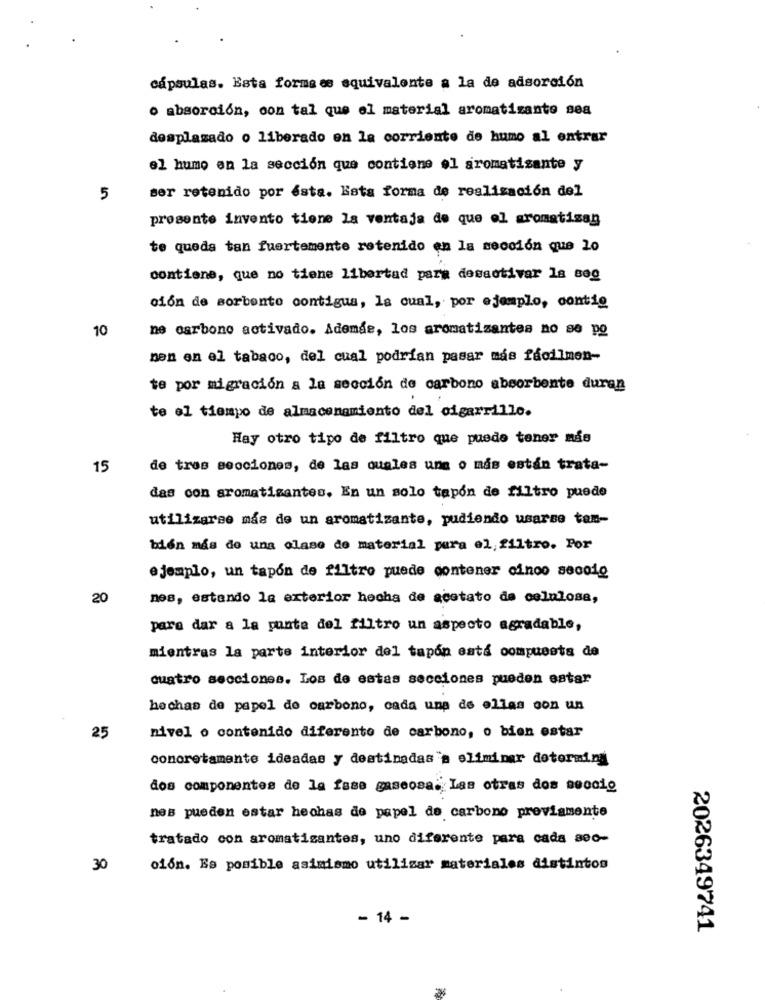
cápsulas. Esta forma es equivalente a la de adsorción
o absorción, con tal que el material aromatizante sea
desplazado o liberado en la corriente de humo al entrar
el humo en la sección que contiene el gromatisante y
ser retenido por ésta. Esta forma de realización del
5
presente invento tiene la ventaja de que el aromatisan
te queda tan fuertemente retenido en la sección que 20
contiene, que no tiene libertad para desactivar la seg
ción de sorbonto contigua, la cual, por ejemplo, contig
10
ne carbono activado. Ademde, los aromatizantes no se po
nen en el tabaco, del cual podrían pasar más fácilmen-
te por migración a la sección de carbono absorbente duran
te el tiempo de almacenamiento del cigarrillo.
Hay otro tipo de filtro que puede tener mas
15
de tres secciones, de las cuales una o más están trata-
das con aromatisantes. En un solo tapón de filtro puede
utilizarse más de un aromatizante, pudiendo usarse tem-
bión más de una clase de material para el filtro. Por
ejemplo, un tapón de filtro puede contener cinco secolo
20
nes, estando la exterior hecha de acetato de celulosa,
para dar a la punta del filtro un aspecto agradable,
mientras la parte interior del tapón está compuesta de
cuatro secciones. Los de estas secciones pueden estar
hechas de papel de carbono, cada una de ellas con un
25
nivel o contenido diferente de carbono, o bien estar
concretamente ideadas y destinadas a eliminar dotorming
dos componentes de la fase gaseosa. Las otras dos soocig
nes pueden estar hechas de papel de carbono previamente
tratado con aromatisantes, uno diferente para cada sec-
30
ción. Es posible asimismo utilizar materiales distintos
- 14 -
2026349741